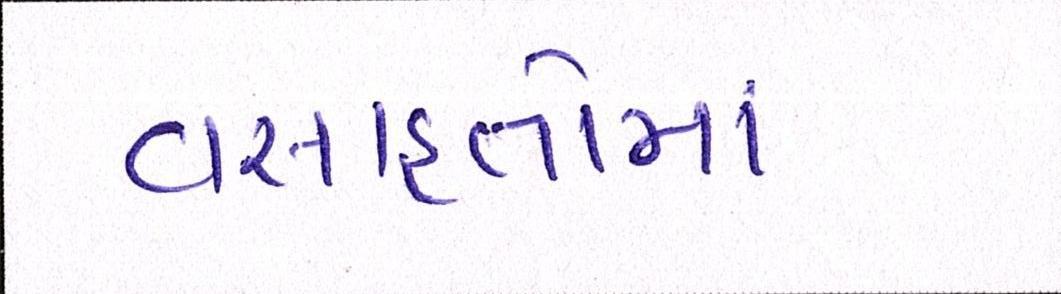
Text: વસાહતોમાં